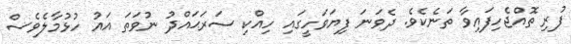
ފުރި ތޮއްޖެހިފައިވާ ތަނެކެވެ. ދެވަނަ ފިޔަވަހީގައި ހިއްކި ސަރަޙައްދު ނުވަތަ އައު ހުޅުމާލެވެސް